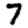
Digit: 7